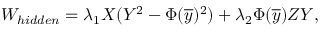
W _ { h i d d e n } = \lambda _ { 1 } X ( Y ^ { 2 } - \Phi ( { \overline { { y } } } ) ^ { 2 } ) + \lambda _ { 2 } \Phi ( { \overline { { y } } } ) Z Y ,